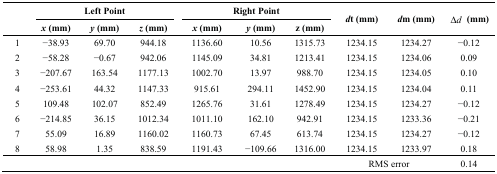
| <ROWSPAN=2>  | <COLSPAN=3> Left Point | <COLSPAN=3> Right Point | <ROWSPAN=2> dt (mm) | <ROWSPAN=2> dm (mm) | <ROWSPAN=2> Δd (mm) |
 | x (mm) | y (mm) | z (mm) | x (mm) | y (mm) | z (mm) |
 | --- | --- | --- | --- | --- | --- | --- | --- | --- | --- |
 | 1 | −38.93 | 69.70 | 944.18 | 1136.60 | 10.56 | 1315.73 | 1234.15 | 1234.27 | −0.12 |
 | 2 | −58.28 | −0.67 | 942.06 | 1145.09 | 34.81 | 1213.41 | 1234.15 | 1234.06 | 0.09 |
 | 3 | −207.67 | 163.54 | 1177.13 | 1002.70 | 13.97 | 988.70 | 1234.15 | 1234.05 | 0.10 |
 | 4 | −253.61 | 44.32 | 1147.33 | 915.61 | 294.11 | 1452.90 | 1234.15 | 1234.04 | 0.11 |
 | 5 | 109.48 | 102.07 | 852.49 | 1265.76 | 31.61 | 1278.49 | 1234.15 | 1234.27 | −0.12 |
 | 6 | −214.85 | 36.15 | 1012.34 | 1011.10 | 162.10 | 942.91 | 1234.15 | 1233.36 | −0.21 |
 | 7 | 55.09 | 16.89 | 1160.02 | 1160.73 | 67.45 | 613.74 | 1234.15 | 1234.27 | −0.12 |
 | 8 | 58.98 | 1.35 | 838.59 | 1191.43 | −109.66 | 1316.00 | 1234.15 | 1233.97 | 0.18 |
 |  |  |  |  |  |  |  | <COLSPAN=2> RMS error | 0.14 |